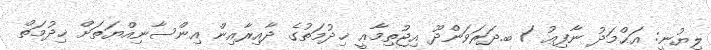
ލިޔުނީ: އަޙްމަދު ނާފިޢު / ބ.ދަރަވަންދޫ އިޖުތިމާޢީ ޚިދުމަތުގެ ދާއިރާއިން އިންސާނިއްޔަތަށް ޚިދުމަތް